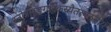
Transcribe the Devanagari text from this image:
स्तोत्रमङ्गारकस्यैतत्पठनीयं